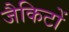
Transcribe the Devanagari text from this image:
जैकिटों